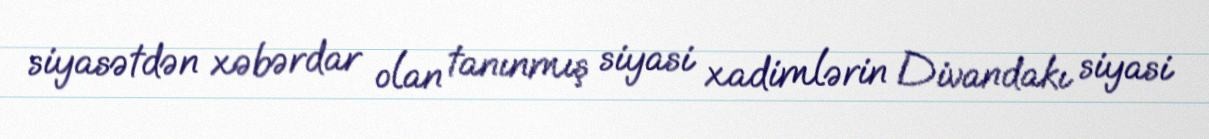
siyasətdən xəbərdar olan tanınmış siyasi xadimlərin Divandakı siyasi